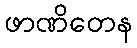
ဖာဏိတေန